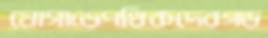
যোগাড়েপথিকদেরগড়